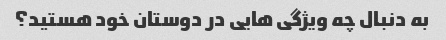
به دنبال چه ویژگی هایی در دوستان خود هستید؟